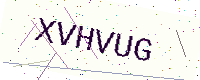
Text: XVHVUG